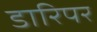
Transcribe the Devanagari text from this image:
डारिपर